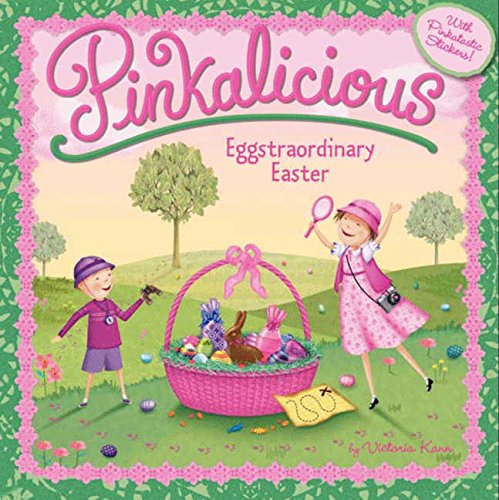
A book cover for Pinkalicious: Eggstraordinary Easter; Victoria Kann; Children's Books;